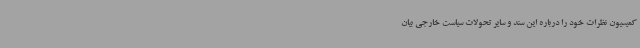
کمیسیون نظرات خود را درباره این سند و سایر تحولات سیاست خارجی بیان